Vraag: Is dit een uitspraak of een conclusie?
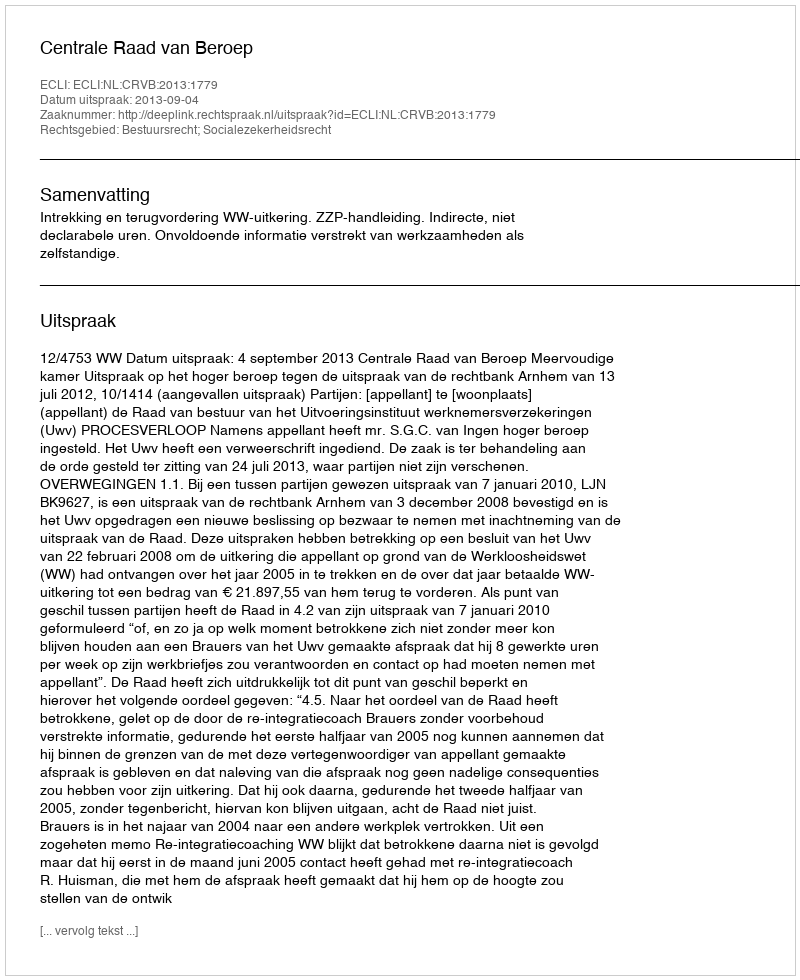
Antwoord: Uitspraak